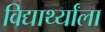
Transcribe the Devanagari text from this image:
विद्यार्थ्यांला